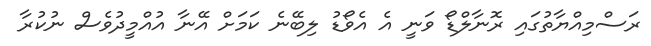
ރަސްމިއްޔާތުގައި ރޮނާލްޑޯ ވަނީ އެ އެވޯޑު ލިބޭނެ ކަމަށް އޭނާ އުއްމީދުވެސް ނުކުރާ